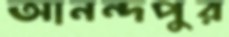
আনন্দপুর